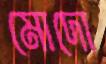
মোদো